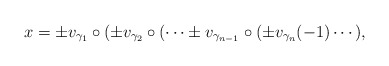
\begin{align*}x=\pm v_{\gamma_{1}}\circ(\pm v_{\gamma_2}\circ( \cdots \pm v_{\gamma_{n-1}}\circ (\pm v_{\gamma_n}(-1)\cdots),\end{align*}